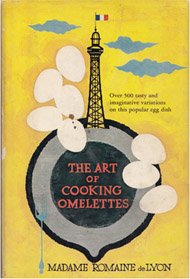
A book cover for The Art of Cooking Omelettes; Madame Romaine De Lyon; Cookbooks, Food & Wine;